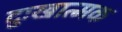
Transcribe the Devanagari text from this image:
दुःखात्मक